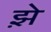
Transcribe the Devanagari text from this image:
झ़े